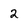
Character: 2